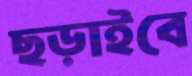
ছড়াইবে